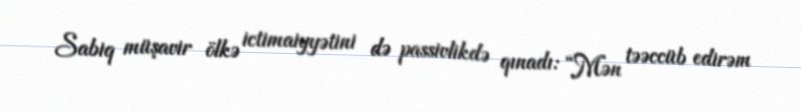
Sabiq müşavir ölkə ictimaiyyətini də passivlikdə qınadı: “Mən təəccüb edirəm